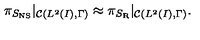
\pi _ { S _ { \mathrm { N S } } } | _ { { \cal C } ( L ^ { 2 } ( I ) , \Gamma ) } \approx \pi _ { S _ { \mathrm { R } } } | _ { { \cal C } ( L ^ { 2 } ( I ) , \Gamma ) } .